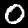
Label: 0